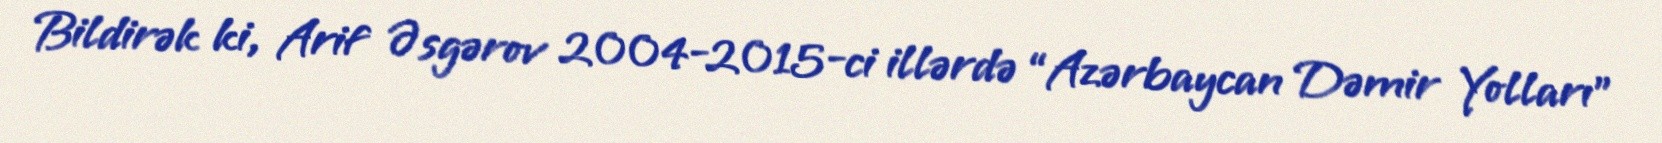
Bildirək ki, Arif Əsgərov 2004-2015-ci illərdə “Azərbaycan Dəmir Yolları”